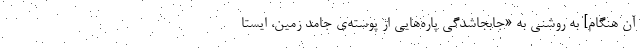
آن هنگام] به روشنی به «جابجاشدگی پاره‌هایی از پوسته‌ی جامد زمین، ایستا